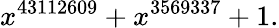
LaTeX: x^{43112609}+x^{3569337}+1.